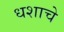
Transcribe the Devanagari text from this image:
धशाचे